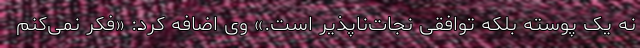
نه یک پوسته بلکه توافقی نجات‌ناپذیر است.» وی اضافه کرد: «فکر نمی‌کنم